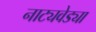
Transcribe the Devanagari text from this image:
नाट्यवेड्या